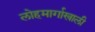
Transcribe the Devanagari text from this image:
लोहमार्गाखाली